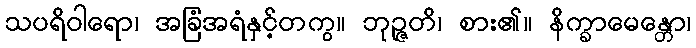
သပရိဝါရော၊ အခြံအရံနှင့်တကွ။ ဘုဉ္ဇတိ၊ စား၏။ နိက္ခာမေန္တော၊